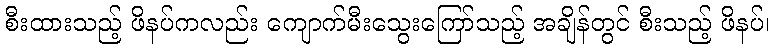
စီးထားသည့် ဖိနပ်ကလည်း ကျောက်မီးသွေးကြော်သည့် အချိန်တွင် စီးသည့် ဖိနပ်၊